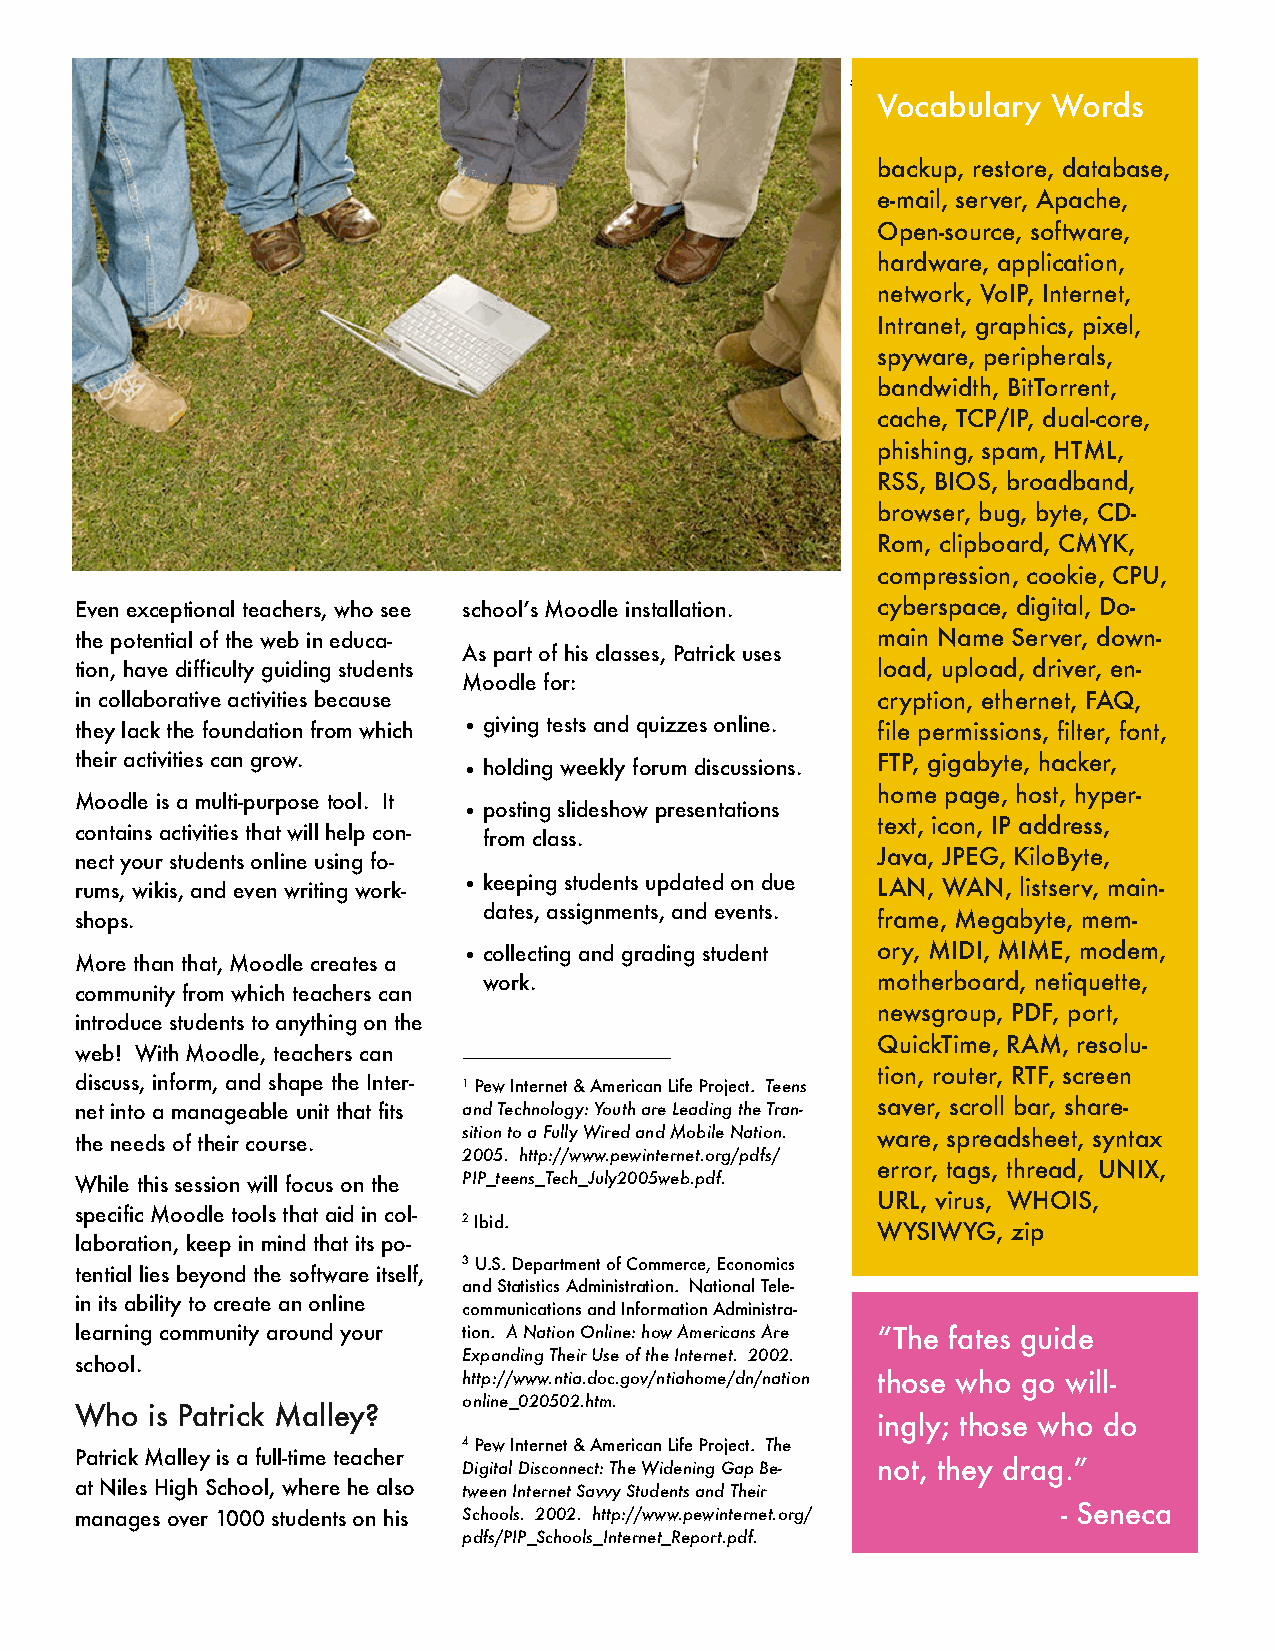
5 Ibid.
 Vocabulary  Words
 backup, restore, database,
 e-mail, server, Apache,
 Open-source, software,
 hardware, application,
 network, VoIP, Internet,
 Intranet, graphics, pixel,
 spyware, peripherals,
 bandwidth, BitTorrent,
 cache, TCP/IP, dual-core,
 phishing, spam, HTML,
 RSS, BIOS, broadband,
 browser, bug, byte, CD-
 Rom, clipboard, CMYK,
 compression, cookie, CPU,
 Even exceptional teachers, who see school’s Moodle installation. cyberspace, digital, Do-
 the potential of the web in educa-                   main Name Server, down-
 As part of his classes, Patrick uses
 tion, have difficulty guiding students               load, upload, driver, en-
 Moodle for:
 in collaborative activities because                  cryption, ethernet, FAQ,
 they lack the foundation from which •giving tests and quizzes online. file permissions, filter, font,
 their activities can grow.                           FTP, gigabyte, hacker,
 •holding weekly forum discussions.
 home page, host, hyper-
 Moodle is a multi-purpose tool. It
 •posting slideshow presentations
 text, icon, IP address,
 contains activities that will help con- from class.
 Java, JPEG, KiloByte,
 nect your students online using fo-
 rums, wikis, and even writing work- •keeping students updated on due LAN, WAN, listserv, main-
 shops.                     dates, assignments, and events. frame, Megabyte, mem-
 •collecting and grading student ory, MIDI, MIME, modem,
 More than that, Moodle creates a
 work.                     motherboard, netiquette,
 community from which teachers can
 newsgroup, PDF, port,
 introduce students to anything on the
 QuickTime, RAM, resolu-
 web! With Moodle, teachers can
 tion, router, RTF, screen
 discuss, inform, and shape the Inter- 1 Pew Internet & American Life Project. Teens
 net into a manageable unit that fits and Technology: Youth are Leading the Tran- saver, scroll bar, share-
 sition to a Fully Wired and Mobile Nation. ware, spreadsheet, syntax
 the needs of their course.
 2005. http://www.pewinternet.org/pdfs/
 error, tags, thread, UNIX,
 While this session will focus on the PIP_teens_Tech_July2005web.pdf.
 URL, virus, WHOIS,
 specific Moodle tools that aid in col-
 2 Ibid.
 WYSIWYG, zip
 laboration, keep in mind that its po-
 3 U.S. Department of Commerce, Economics
 tential lies beyond the software itself,
 and Statistics Administration. National Tele-
 in its ability to create an online
 communications and Information Administra-
 learning community around your tion. A Nation Online: how Americans Are “The fates guide
 Expanding Their Use of the Internet. 2002.
 school.
 http://www.ntia.doc.gov/ntiahome/dn/nation those who go will-
 online_020502.htm.
 Who  is Patrick Malley?
 ingly; those who do
 4 Pew Internet & American Life Project. The
 Patrick Malley is a full-time teacher
 Digital Disconnect: The Widening Gap Be- not, they drag.”
 at Niles High School, where he also tween Internet Savvy Students and Their
 manages over 1000 students on his Schools. 2002. http://www.pewinternet.org/ - Seneca
 pdfs/PIP_Schools_Internet_Report.pdf.